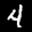
Label: 4